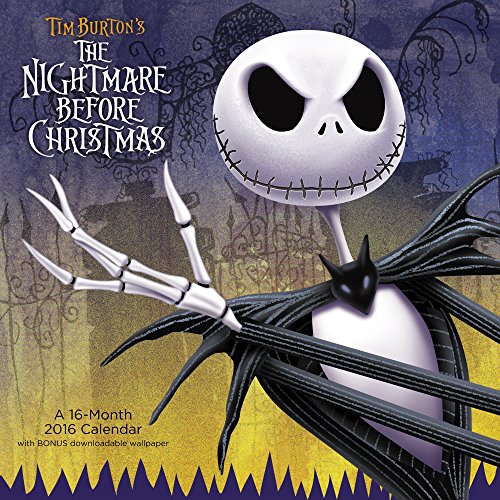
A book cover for The Nightmare Before Christmas Wall Calendar (2016); Day Dream; Calendars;